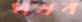
ঘষব